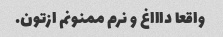
واقعا داااغ و نرم ممنونم ازتون.